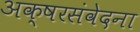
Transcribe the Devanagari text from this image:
अक्षरसंवेदना